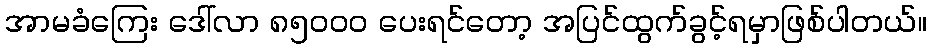
အာမခံကြေး ဒေါ်လာ ၈၅၀၀၀ ပေးရင်တော့ အပြင်ထွက်ခွင့်ရမှာဖြစ်ပါတယ်။